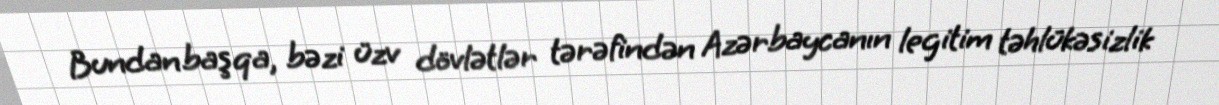
Bundan başqa, bəzi üzv dövlətlər tərəfindən Azərbaycanın legitim təhlükəsizlik